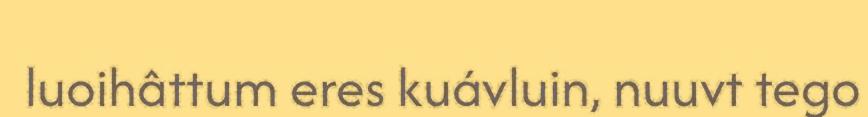
luoihâttum eres kuávluin, nuuvt tego